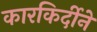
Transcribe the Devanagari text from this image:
कारकिर्दीने